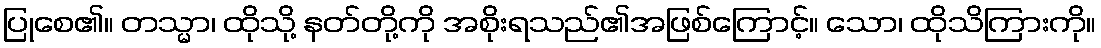
ပြုစေ၏။ တသ္မာ၊ ထိုသို့ နတ်တို့ကို အစိုးရသည်၏အဖြစ်ကြောင့်။ သော၊ ထိုသိကြားကို။